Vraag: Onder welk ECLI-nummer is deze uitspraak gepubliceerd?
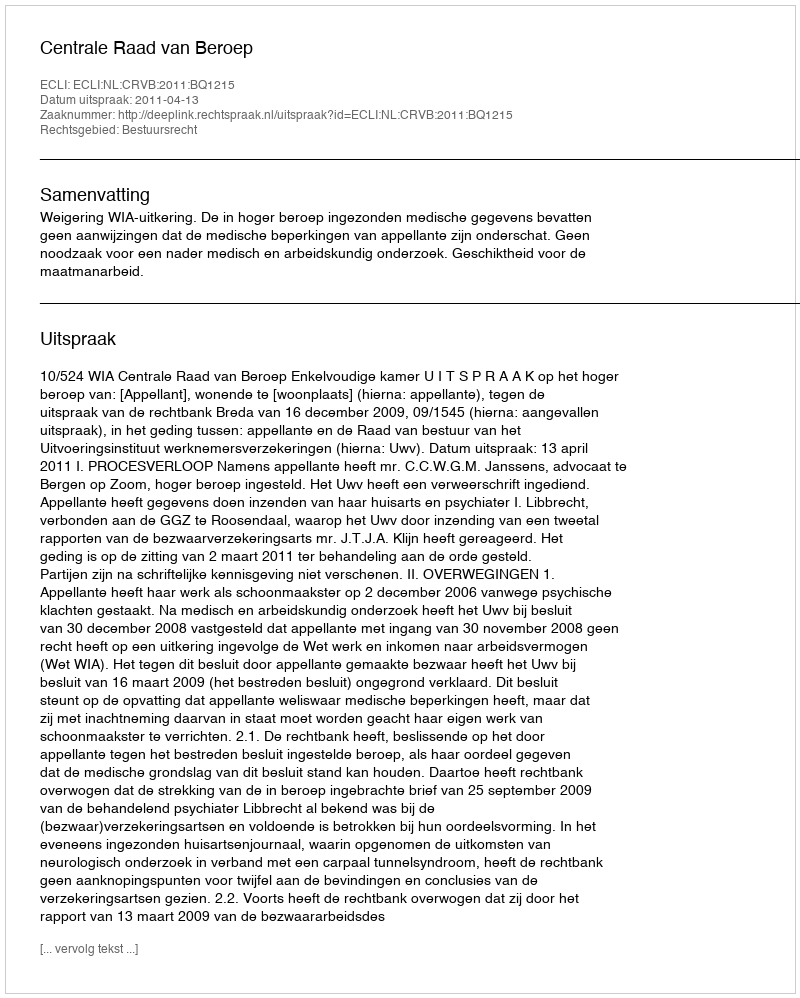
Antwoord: ECLI:NL:CRVB:2011:BQ1215